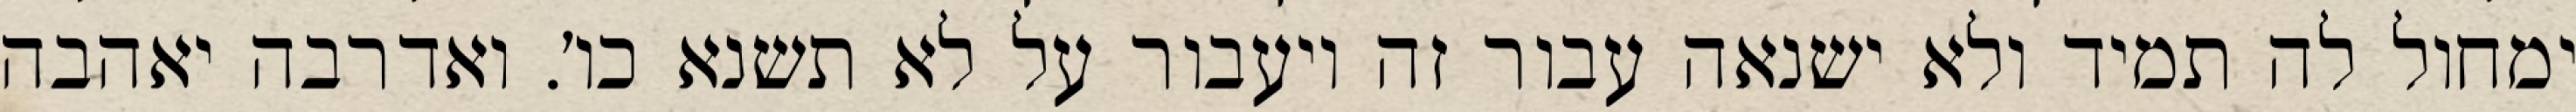
ימחול לה תמיד ולא ישנאה עבור זה ויעבור על לא תשנא כו׳. ואדרבה יאהבה